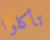
تأكلوا